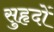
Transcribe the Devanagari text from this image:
सुहृदों